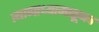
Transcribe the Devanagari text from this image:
त्यामाध्यामातूनच